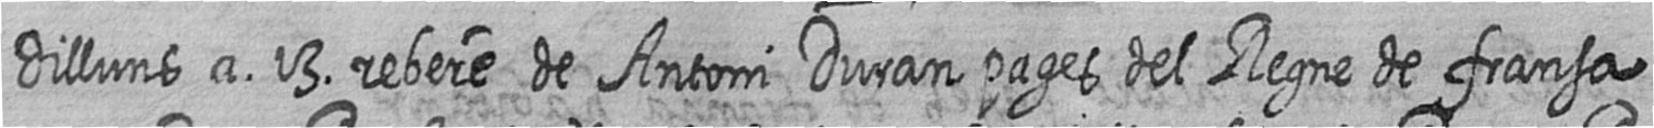
dilluns a 13 rebere de Antoni Duran pages del Regne de fransa